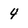
Character: 4